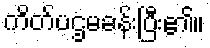
ကိတ်ပဌမခန်းပြီး၏။